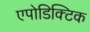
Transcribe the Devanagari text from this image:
एपोडिक्टिक